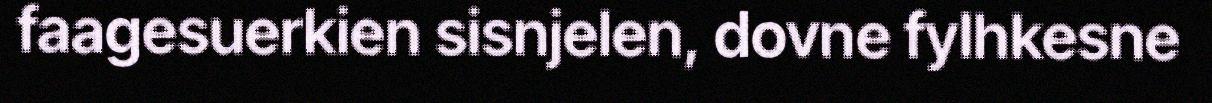
faagesuerkien sisnjelen, dovne fylhkesne